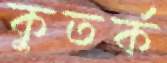
কুতর্ক